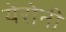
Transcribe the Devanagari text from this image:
येरोनी